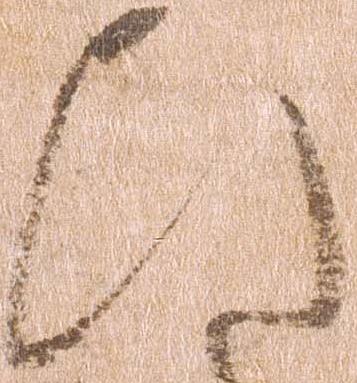
ひ